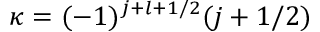
\kappa = ( - 1 ) ^ { j + l + 1 / 2 } ( j + 1 / 2 )